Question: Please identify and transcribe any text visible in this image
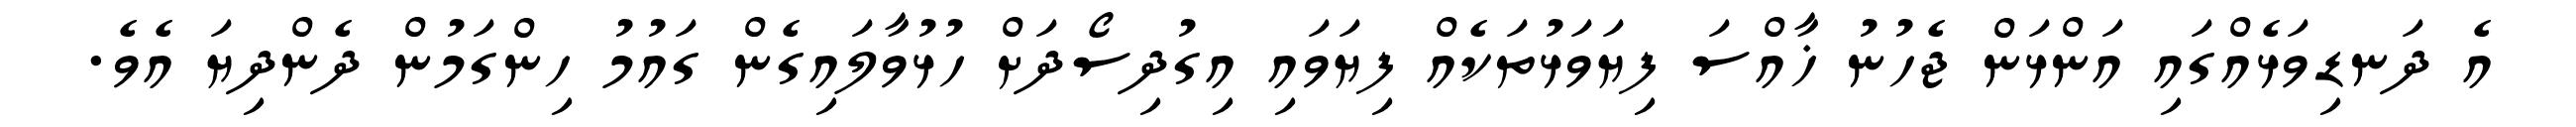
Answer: އެ ދަނޑިވަޅެއްގައި އަންޅަން ޖެހުނު ޚާއްސަ ފިޔަވަޅުތަކެއް ފިޔަވައި އިގުދިސޯދަށް ހުޅުވާލައިގެން ގައުމު ހިންގަމުން ދެންދިޔަ އެވެ.